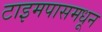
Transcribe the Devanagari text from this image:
टाइमपासमधून